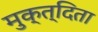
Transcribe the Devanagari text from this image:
मुक्त्दिता